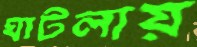
ঘাটলায়